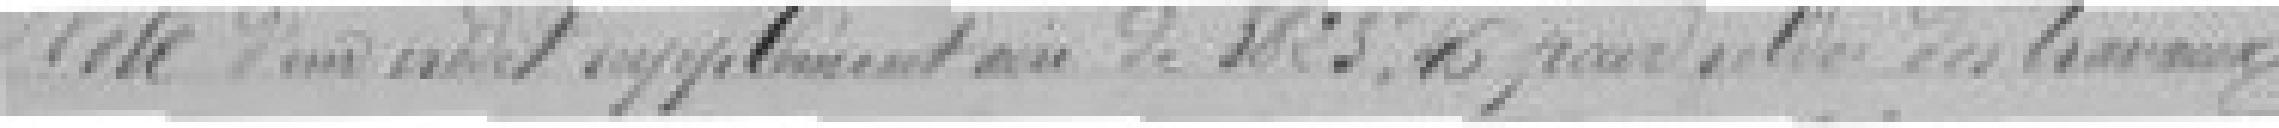
Vote d'un crédit supplémentaire de 3.825,45 francs pour ?? du tramway